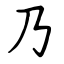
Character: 乃